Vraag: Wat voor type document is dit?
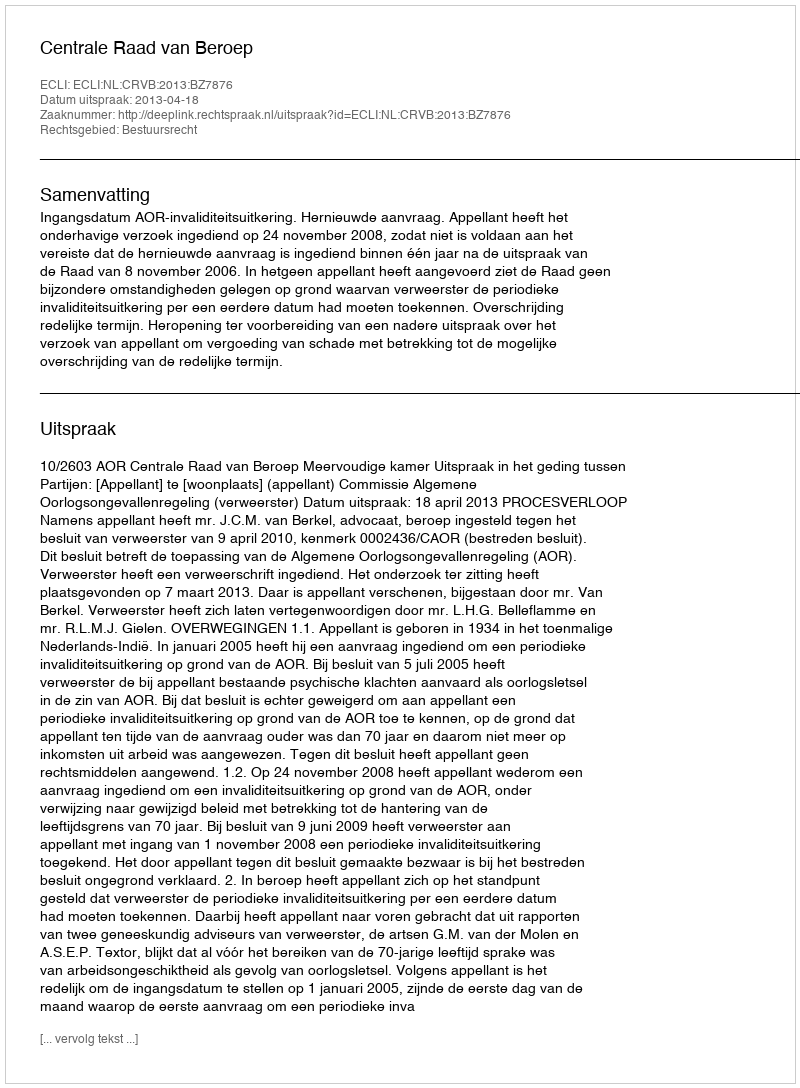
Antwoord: Uitspraak